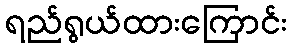
ရည်ရွယ်ထားကြောင်း